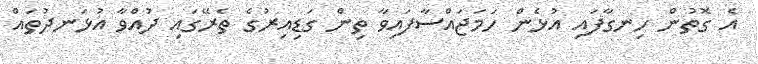
އެ ގޮތުން ހިނގާފައި އުޅެން ހަމަޖައްސާފައިވާ ތިން ގަޑިއިރުގެ ތެރޭގައި ދުއްވާ އުޅަނދުތައް